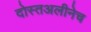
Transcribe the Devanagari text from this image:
दोस्तअलीनेच